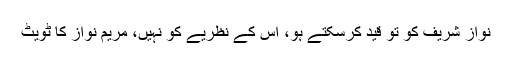
نواز شریف کو تو قید کرسکتے ہو، اس کے نظریے کو نہیں، مریم نواز کا ٹویٹ